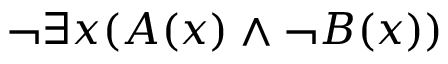
\neg \exists x ( A ( x ) \land \neg B ( x ) )